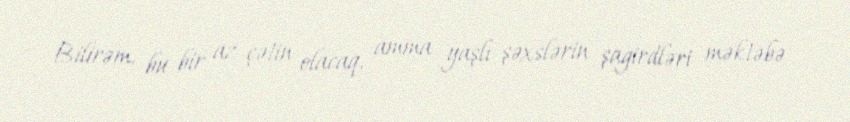
Bilirəm, bu bir az çətin olacaq, amma yaşlı şəxslərin şagirdləri məktəbə